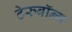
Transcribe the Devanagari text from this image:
टेरुबॉन्ग